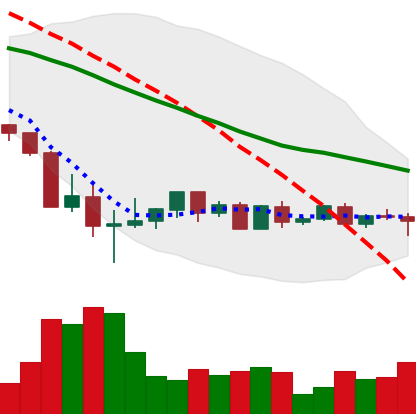
Ticker: BTC-USD
Chart end date: 2022-05-26
Forward return: 8.628%
Label: up_7plus